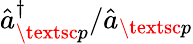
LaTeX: \hat{a}_{\textsc{p}}^{\dagger}/\hat{a}_{\textsc{p}}